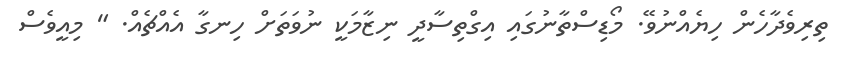
ތިރިވެދާހެން ހިޔެއްނުވޭ. މޯޑިސްތާނުގައި އިގްތިސާދީ ނިޒާމަކީ ނުވަތަށް ހިނގާ އެއްޗެއް. " މިއީވެސް